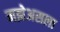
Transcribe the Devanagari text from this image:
मझेअसला